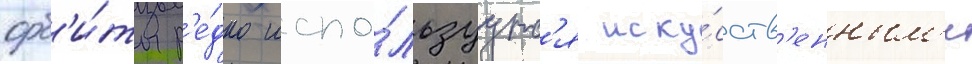
орб'и́ты р'е́дко испо́льзуутс'я иску́сств'енным'и